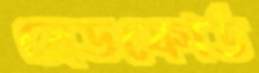
ব্রেডফোর্ড